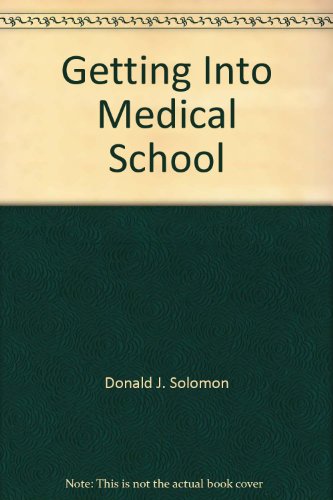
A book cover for Getting Into Medical School; Donald J. Solomon; Education & Teaching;